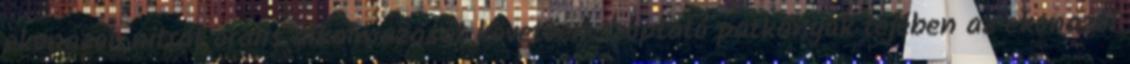
ekonazol-nitrát oralis alkalmazását követően szoptató patkányok tejében az ekonazol